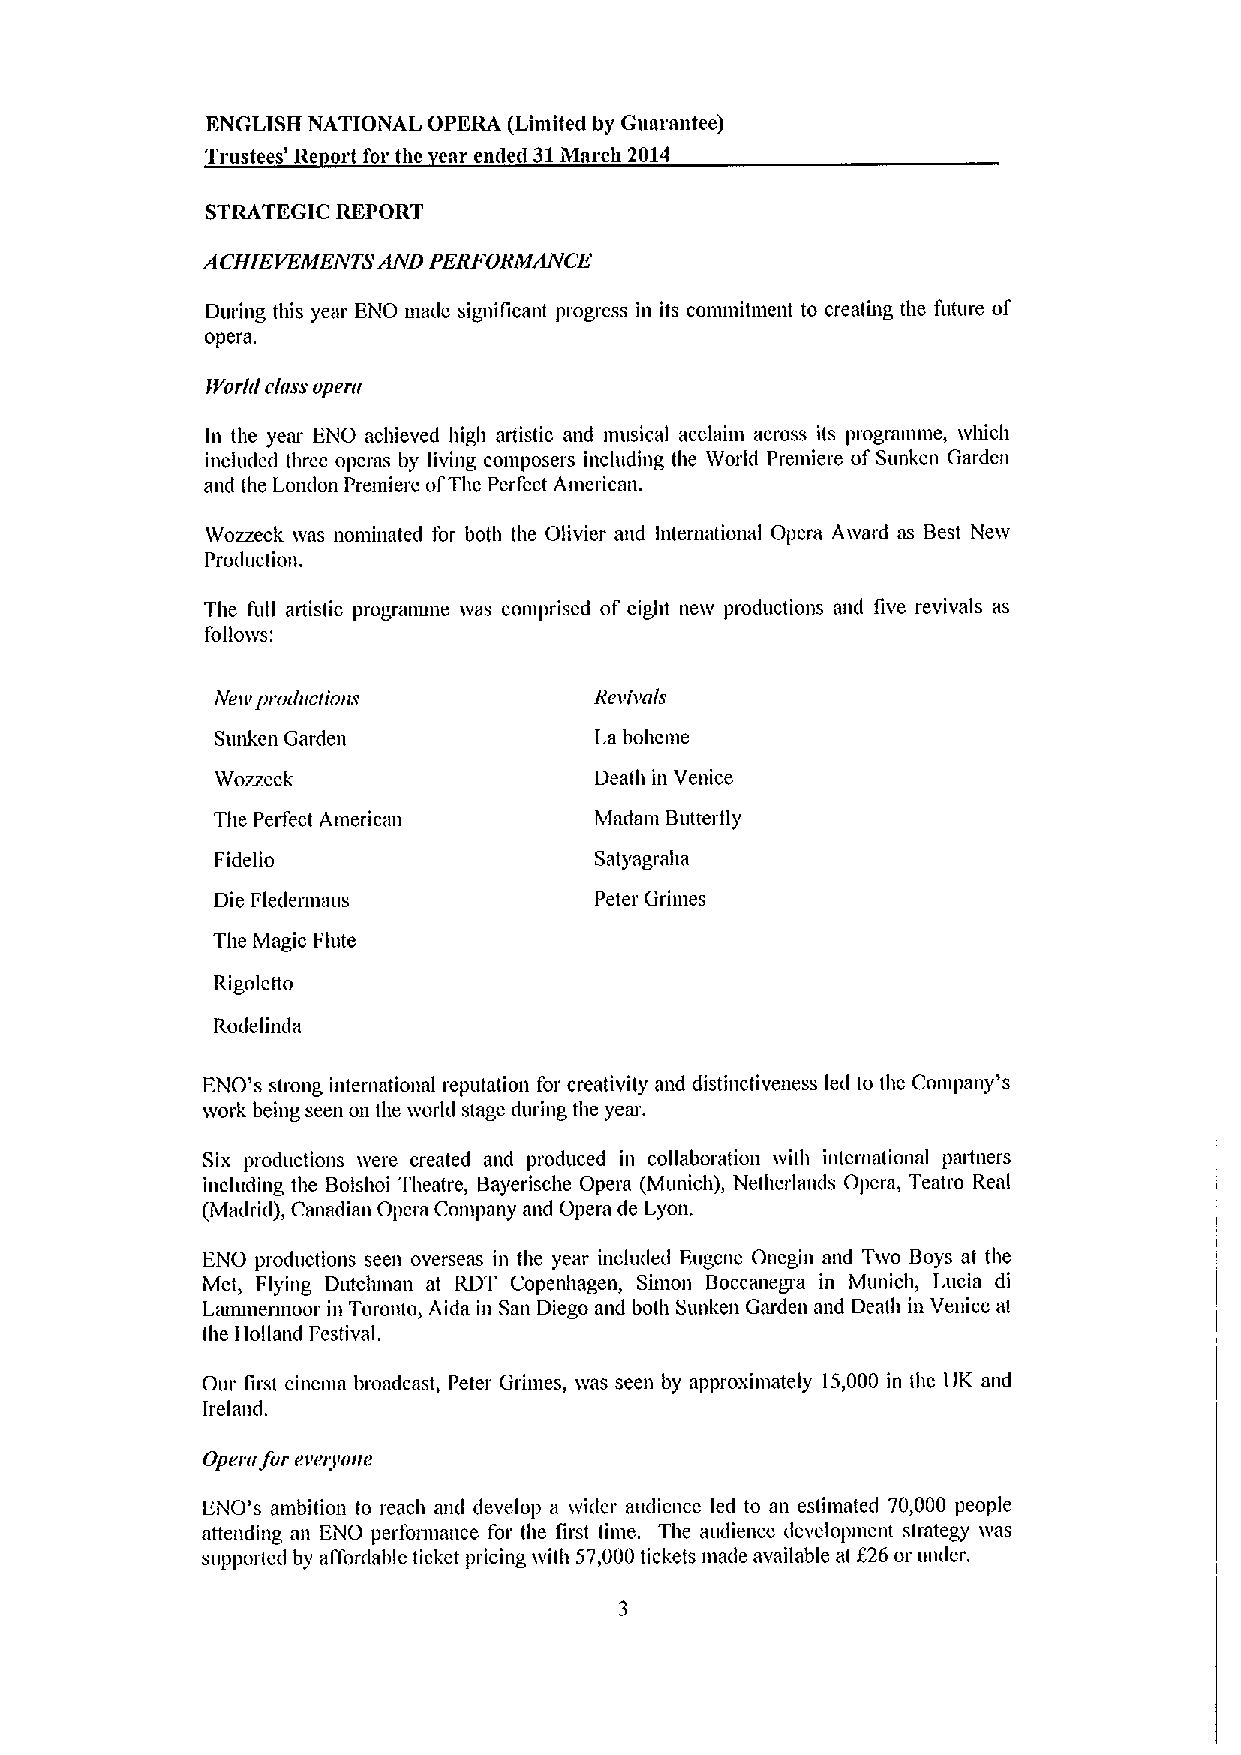
ENGLISH NATIONAL OPERA (Limited by Guarantee)
 Trustees' Re ort for thc ear emle&1 31March 2014
 STRATEGIC REPORT
 ACHIEVEME1V TSAiVD PERFORMAIVCE
 During this year ENO made significant progress in its conunitment to creating the future of
 opem.
 IVorl&l class oper&i
 In the year ENO achieved high artistic mid musical acclaim across its programme, wluch
 included tliree operas by living composers including the World Premiere ofSunl'en Garden
 and the London Premiere ofThe Perfect American.
 Wozzeck ives nominated for both the Olivier and International Opera Aivard as Best Neiv
 Production.
 The full aidistic progranune ivas comprised of eight new productions and live revivals as
 folio&vs:
 Neiv pro&inc&ious        Revivals
 Sunkmi Garden            La boheme
 Wozzeck                  Death in Venice
 The Petfect Americmi     Madam Butterfly
 Fidelio                  Satyagraha
 Die Fledermaus           Peter Grimes
 The Magic Flute
 Rigo lett o
 Rodelinda
 ENO's strong international reputation for creativity and distinctiveness led to the Conipmiy's
 work being seen on the ivorld stage during the year.
 Six productions &vere created and produced in collaboration ivith international partners
 including the Bolshoi Theatre, Bayerische Opera (Munich), Netherlands Opera, Teatro Real
 (Madrid), Canadimi Opera Comliany and Opera de Lyon.
 ENO productions seen overseas in the year included Eugene Onegin and Tivo Boys at the
 Met, Flying Dutclunan at RDT Copenhagen, Sunon Boccanegra in Munich, Lucia di
 Lmnmermoor in Toronto, Aida in San Diego and both Sunken Garden and Death in Venice at
 the Holland Festival.
 Our first cinema broadcast, Peter Grimes, ivas seen by approximately 15,000 in the UK and
 Irelaiid.
 Opera fnr everyone
 ENO's ambition to reach aml develop a wider au&licncc led to an estiniated 70,000 people
 attending an ENO performance for the first time. The audience development strategy ives
 suppotscd by affordable ticket pricing with 57,000tickets nn«le available at f26 or under.